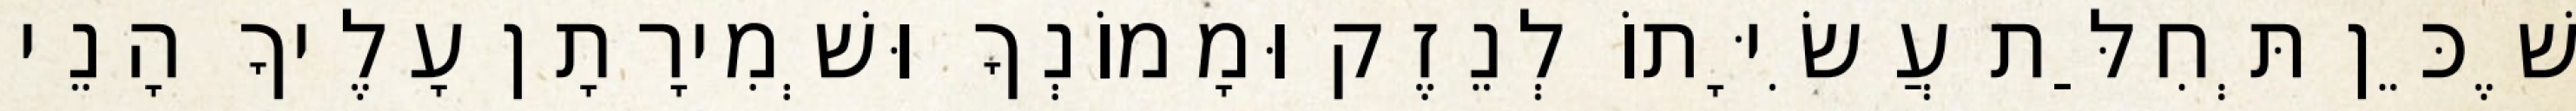
שֶׁכֵּן תְּחִלַּת עֲשִׂיָּתוֹ לְנֵזֶק וּמָמוֹנְךָ וּשְׁמִירָתָן עָלֶיךָ הָנֵי